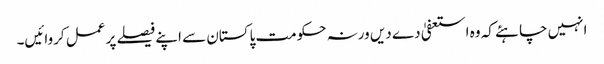
انہیں چاہئے کہ وہ استعفیٰ دے دیں ورنہ حکومت پاکستان سے اپنے فیصلے پر عمل کروائیں۔